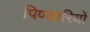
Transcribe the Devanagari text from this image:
पिण्डारियों